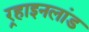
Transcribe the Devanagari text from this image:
र्‍हाइनलांड